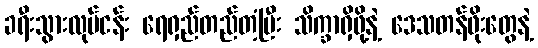
ခရီးသွားလုပ်ငန်း ရေရှည်တည်တံ့ပြီး သိက္ခာရှိဖို့နဲ့ ဒေသတန်ဖိုးတွေနဲ့